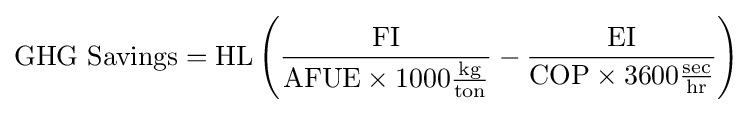
{\text{GHG Savings}}=\mathrm {HL} \left({\frac {\mathrm {FI} }{\mathrm {AFUE} \times 1000{\frac {\mathrm {kg} }{\mathrm {ton} }}}}-{\frac {\mathrm {EI} }{\mathrm {COP} \times 3600{\frac {\mathrm {sec} }{\mathrm {hr} }}}}\right)